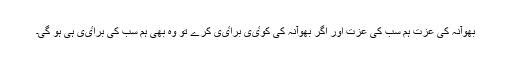
بھوآنہ کی عزت ہم سب کی عزت اور اگر بھوآنہ کی کوٸی براٸی کرے تو وہ بھی ہم سب کی براٸی ہی ہو گی۔